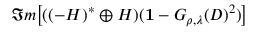
\Im m \big [ ( ( - H ) ^ { * } \oplus H ) ( { \bf 1 } - G _ { \rho , \lambda } ( D ) ^ { 2 } ) \big ]